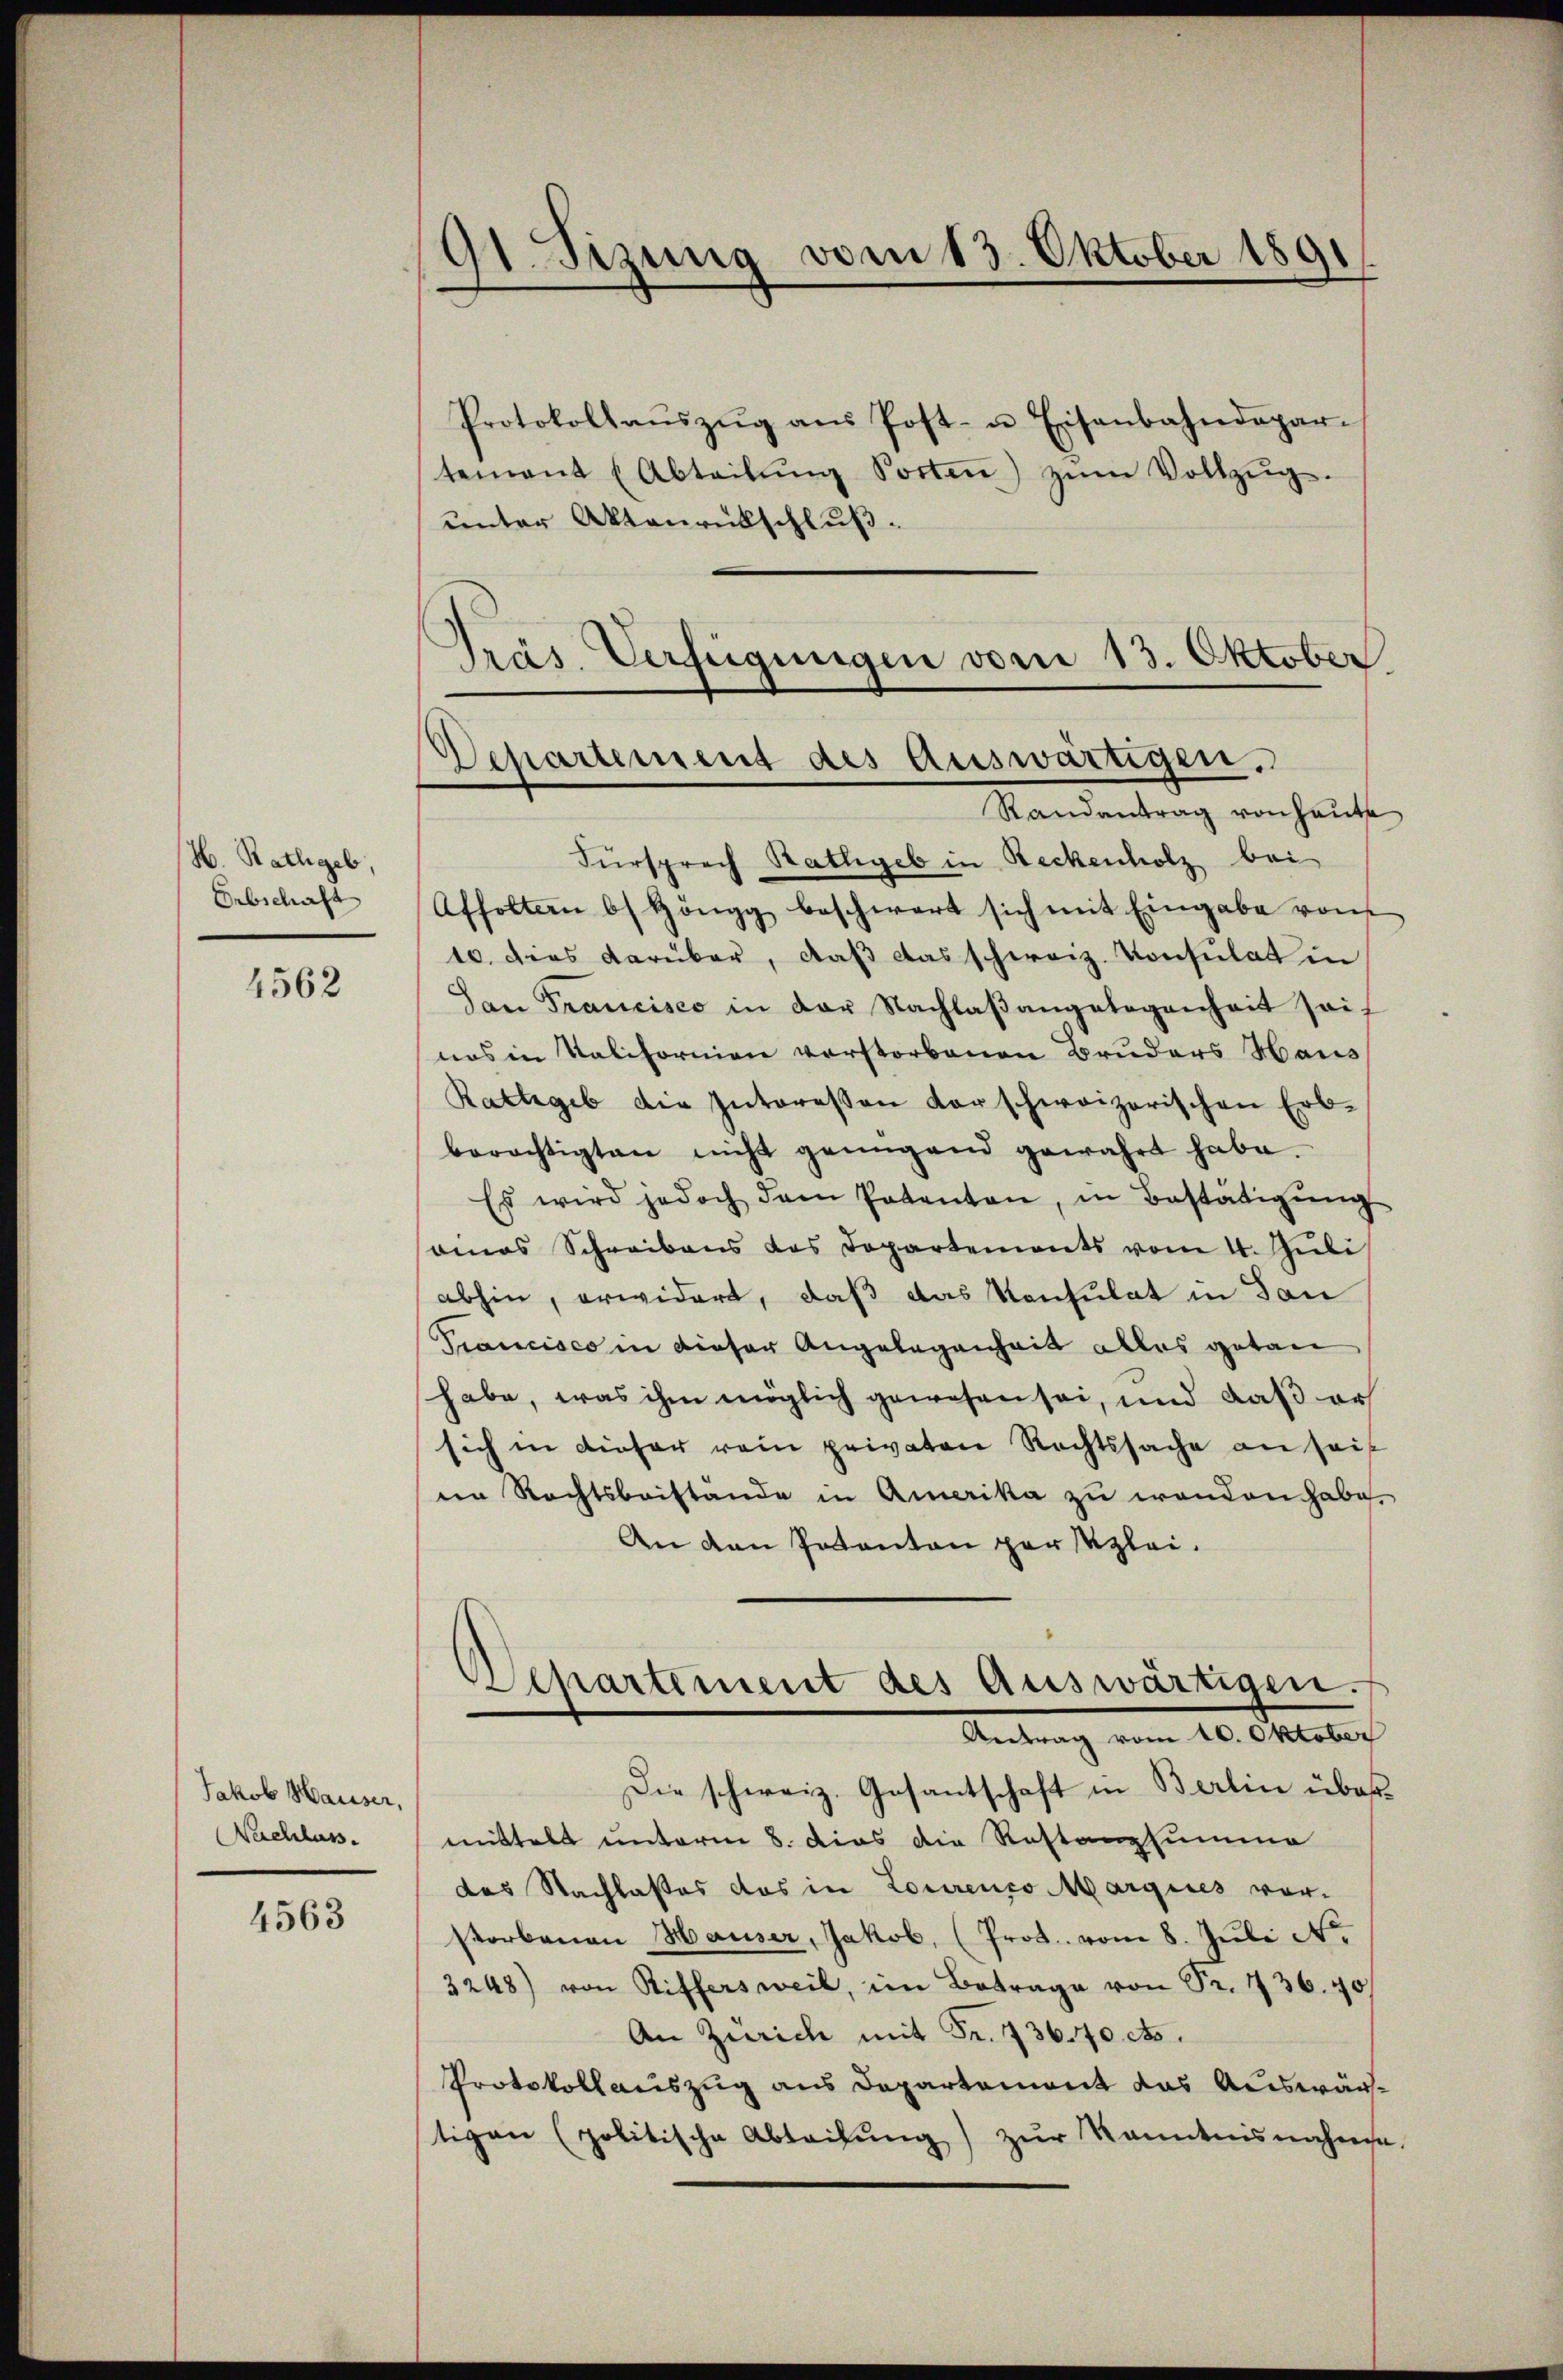
H. Rathgeb,
Erbschaft

4562

Jakob Hausser,
Nachluss.

4563

91. Sizung vom 13. Oktober 1891

Protokollaŭszŭg aŭs Post- u Eisenbahndepar-
tement (Abteilŭng Porten) zŭm Vollzŭg.
unter Aktenrückschluß.
Randantrag von Haut
Fürsprech Rathgeb in Beckenholz bei
Affoltern bs Höngg beschwert sich mit Eingabe von
10. dies darüber, daß das schweiz. Konsulat in
San Francisco in der Nachlaβangelegenheit seif
nas in Kalifornien verstorbenen Bruders Haus
Rathgeb die Interessen darschweizerischen Erb-
berechtigten nicht genügend gewahrt habe.
Es wird jedoch dem Patenten, in Bestätigŭng
omas Schreibens das Departements vom 1. Jŭli
abhin, erwidert, daß das Konsulat in Tan
Trancisco in dieser Angelegenheit alles getan
habe, was ihm möglich gewesen sei, und daß er
sich in dieser rein privaten Rechtssache an sei
der Rechtsbeistande in Amerika zu wenden habe.
An van Votanton par sezlei.
Departement des Auswärtigen.
Antrag vom 10. Oktober
Die schweiz. Gesantschaft in Berlin über
mittelt unterm 8. dies die Restanzsumme
das Nachlasses das in Lourenco Margines vorstorbenen Hauser, Jakob, (Prot. vom 8. Juli Ne
3248) von Riffersweil, im Betrage von Sr. 736. 40
An Zürich mit Fr. 736.40 cts.
Protokollauszug aus Departement das Auswärtigen (politische Abteilŭng zŭr Kenntnisnahme

Präs. Verfügungen vom 13. Oktober
Departement des Auswärtigen,